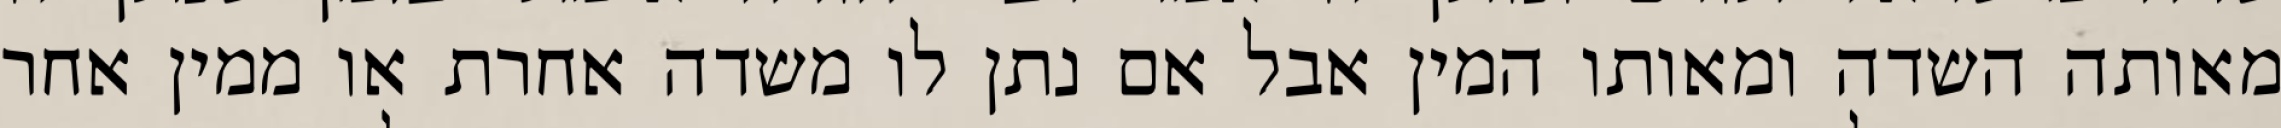
מאותה השדה ומאותו המין אבל אם נתן לו משדה אחרת או ממין אחר